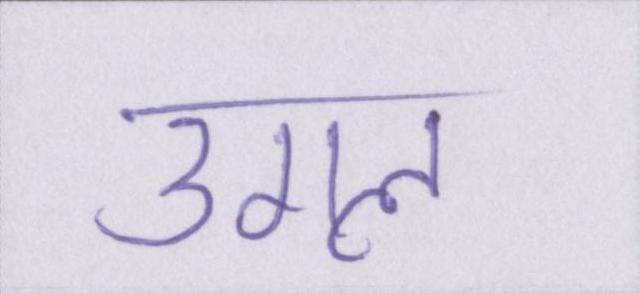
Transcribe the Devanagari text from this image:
उगल